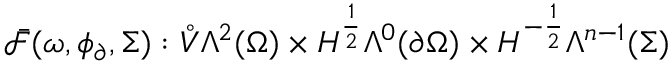
\bar { \mathcal { F } } ( \omega , \phi _ { \partial } , \Sigma ) : \mathring { V } \Lambda ^ { 2 } ( \Omega ) \times H ^ { \frac { 1 } { 2 } } \Lambda ^ { 0 } ( \partial \Omega ) \times H ^ { - \frac { 1 } { 2 } } \Lambda ^ { n - 1 } ( \Sigma )